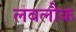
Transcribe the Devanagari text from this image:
लवलौक